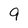
Character: 9